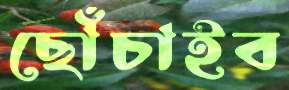
ছোঁচাইব